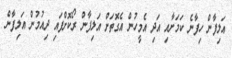
އަލިފާން ހިފާނެ ކަމަށާއި އަދި އެމީހުން އެގޮތަށް އަލިފާން ރޯކޮށްފައި ދިއުމުން އަލިފާން